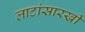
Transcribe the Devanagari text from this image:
लाटांसारखी